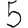
Digit: 5